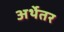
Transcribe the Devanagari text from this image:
अर्थेतर